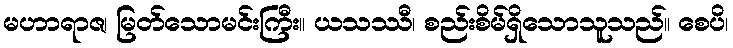
မဟာရာဇ၊ မြတ်သောမင်းကြီး။ ယသဿီ၊ စည်းစိမ်ရှိသောသူသည်။ စေပိ၊